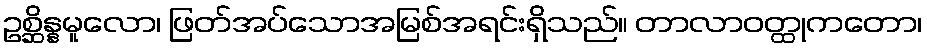
ဥစ္ဆိန္နမူလော၊ ဖြတ်အပ်သောအမြစ်အရင်းရှိသည်။ တာလာဝတ္ထုကတော၊